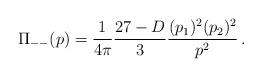
LaTeX: \begin{align*}\displaystyle{ \Pi_{--}(p) } = \displaystyle{ \frac{1}{4\pi} \frac{27 - D}{3} \frac{(p_1)^2 (p_2)^2}{p^2} \, . }\end{align*}